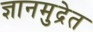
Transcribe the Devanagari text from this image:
ज्ञानमुद्रेत